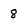
Character: 8